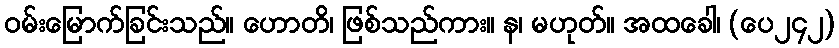
ဝမ်းမြောက်ခြင်းသည်။ ဟောတိ၊ ဖြစ်သည်ကား။ န၊ မဟုတ်။ အထခေါ၊ (ပေ၂၄၂)